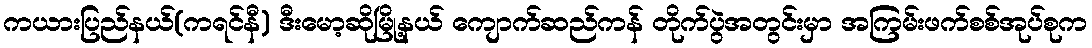
ကယားပြည်နယ်(ကရင်နီ) ဒီးမော့ဆိုမြို့နယ် ကျောက်ဆည်ကန် တိုက်ပွဲအတွင်းမှာ အကြမ်းဖက်စစ်အုပ်စုက